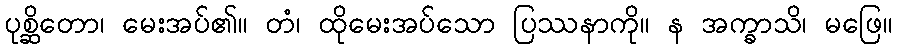
ပုစ္ဆိတော၊ မေးအပ်၏။ တံ၊ ထိုမေးအပ်သော ပြဿနာကို။ န အက္ခာသိ၊ မဖြေ။